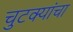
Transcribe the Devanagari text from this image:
चुटक्यांचा